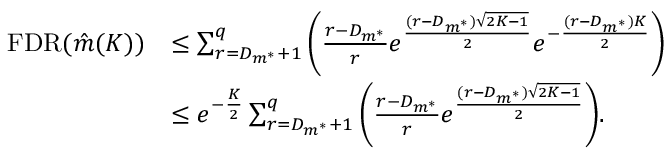
\begin{array} { r l } { \mathrm { F D R } ( \Hat { m } ( K ) ) } & { \leq \sum _ { r = D _ { m ^ { * } } + 1 } ^ { q } \Bigg ( \frac { r - D _ { m ^ { * } } } { r } e ^ { \frac { ( r - D _ { m ^ { * } } ) \sqrt { 2 K - 1 } } { 2 } } e ^ { - \frac { ( r - D _ { m ^ { * } } ) K } { 2 } } \Bigg ) } \\ & { \leq e ^ { - \frac { K } { 2 } } \sum _ { r = D _ { m ^ { * } } + 1 } ^ { q } \Bigg ( \frac { r - D _ { m ^ { * } } } { r } e ^ { \frac { ( r - D _ { m ^ { * } } ) \sqrt { 2 K - 1 } } { 2 } } \Bigg ) . } \end{array}